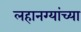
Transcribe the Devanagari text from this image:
लहानग्यांच्या